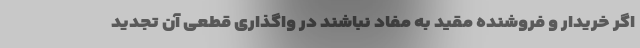
اگر خریدار و فروشنده مقید به مفاد نباشند در واگذاری قطعی آن تجدید